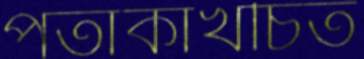
পতাকাখচিত